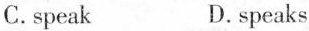
C.speak D.speaks